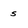
Character: s